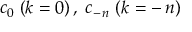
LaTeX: \: c _ { 0 } \; ( k = 0 ) \, , \; c _ { - \, n } \; ( k = - \, n ) \: